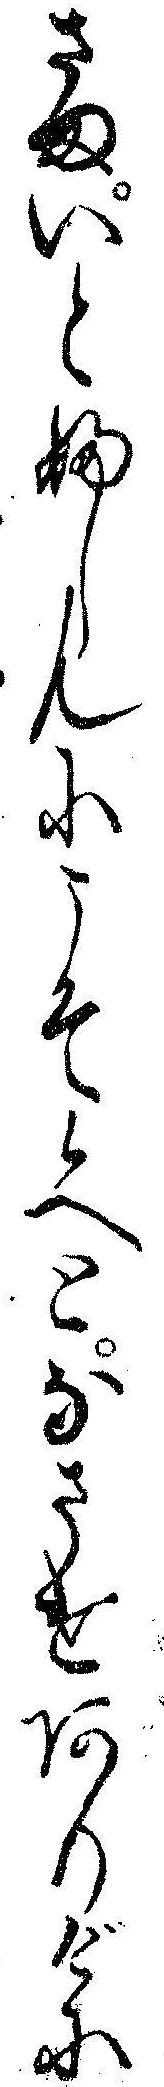
さまいとふしんにこそ候へとなさけありげに